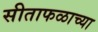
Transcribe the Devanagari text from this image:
सीताफळाच्या